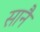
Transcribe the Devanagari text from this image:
सानै